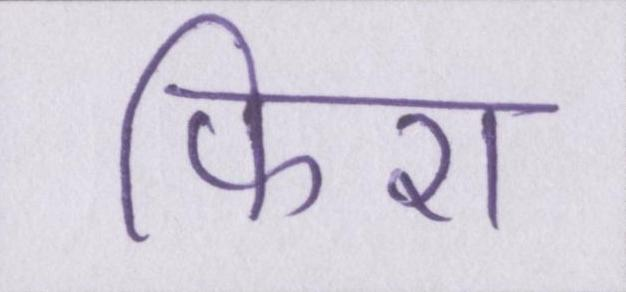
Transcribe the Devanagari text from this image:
फिरा